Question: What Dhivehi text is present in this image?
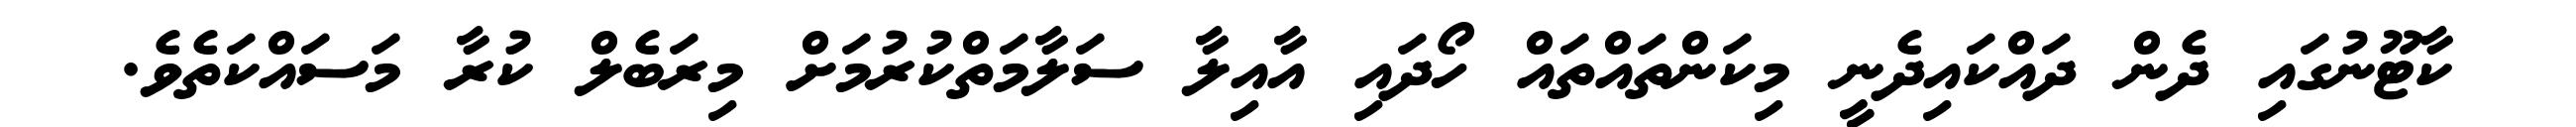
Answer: ކާޓޫނުގައި ދެން ދައްކައިދެނީ މިކަންތައްތައް ހޯދައި އާއިލާ ސަލާމަތްކުރުމަށް މިރަބެލް ކުރާ މަސައްކަތެވެ.